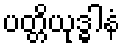
ပတ္တိယုဒ္ဓါနံ